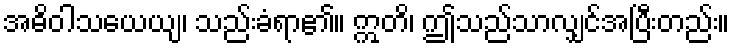
အဓိဝါသယေယျ၊ သည်းခံရာ၏။ ဣတိ၊ ဤသည်သာလျှင်အပြီးတည်း။